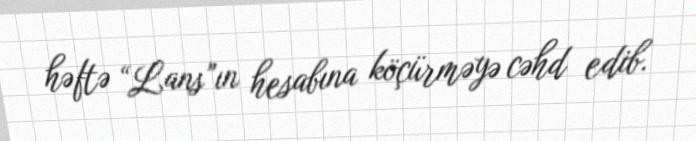
həftə “Lans”ın hesabına köçürməyə cəhd edib.